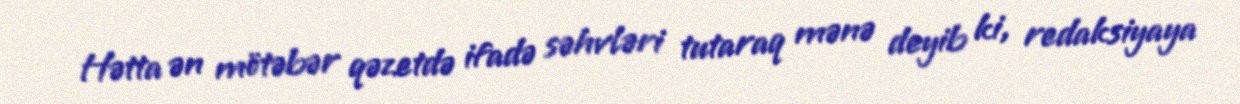
Hətta ən mötəbər qəzetdə ifadə səhvləri tutaraq mənə deyib ki, redaksiyaya